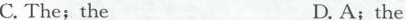
C.The；the D.A；the